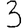
Digit: 3